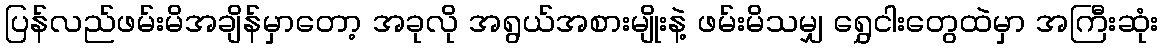
ပြန်လည်ဖမ်းမိအချိန်မှာတော့ အခုလို အရွယ်အစားမျိုးနဲ့ ဖမ်းမိသမျှ ရွှေငါးတွေထဲမှာ အကြီးဆုံး